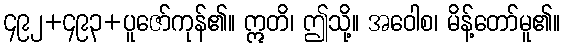
၄၉၂+၄၉၃+ပူဇော်ကုန်၏။ ဣတိ၊ ဤသို့။ အဝေါစ၊ မိန့်တော်မူ၏။